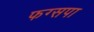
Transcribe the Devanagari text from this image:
फग्सपा